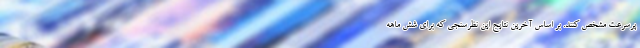
پرسرعت مشخص کنند. بر اساس آخرین نتایج این نظرسنجی که برای شش ماهه